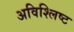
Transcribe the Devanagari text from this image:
अविश्लिष्ट